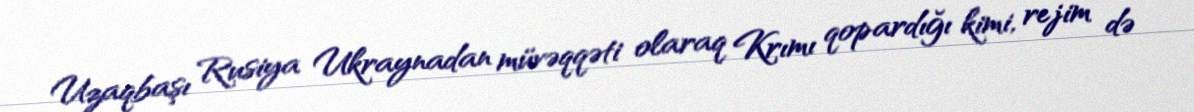
Uzaqbaşı Rusiya Ukraynadan müvəqqəti olaraq Krımı qopardığı kimi, rejim də